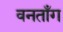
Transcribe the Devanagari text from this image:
वनताँग